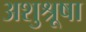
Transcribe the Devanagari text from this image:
अशुश्रूषा